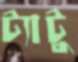
ট্যাটু